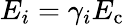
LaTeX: E_{i}=\gamma_{i}E_{\mathrm{c}}